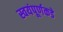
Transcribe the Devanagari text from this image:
स्वयंपूर्णकडे